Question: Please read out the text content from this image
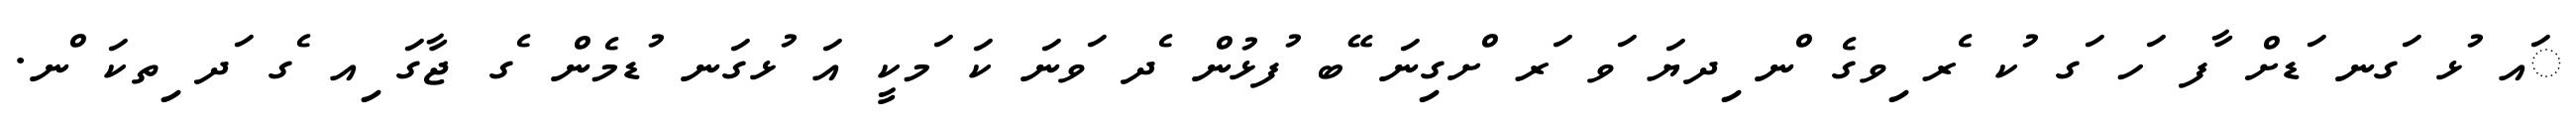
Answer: ައ ުޅ ަގނ ަޑށް ާފ ަހ ަގ ުކ ެރ ިވގެ ްނ ިދޔަ ަވ ަރ ްށގިނަ ޭބ ުފޅުން ެދ ަވނަ ކަ ަމކީ އަ ުޅގަނ ުޑމެން ެގ ޖާގަ ިއ ެގ ަދ ިތކަ ްނ.